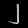
Digit: ၂